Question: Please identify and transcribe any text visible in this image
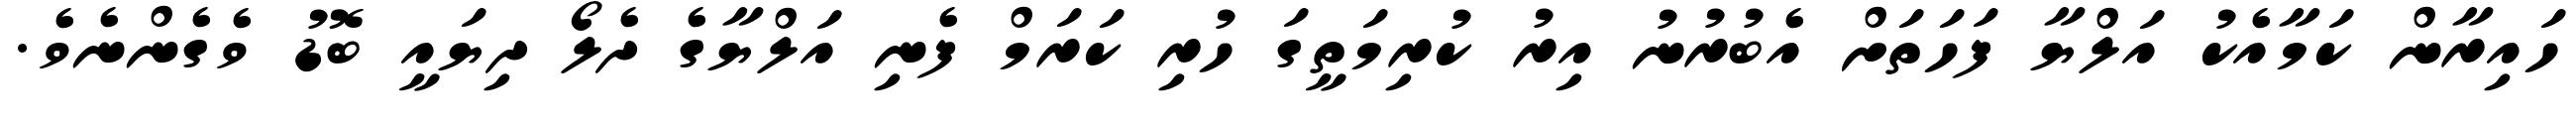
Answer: ހައިރާން ކަމާއެކު އަލްޔާ ފަހަތަށް އެބުރުނު އިރު ކުރިމަތީގަ ހުރި ކަރަމް ފެނި އަލްޔާގެ ދެލޯ ދިޔައީ ބޮޑު ވެގެންނެވެ.